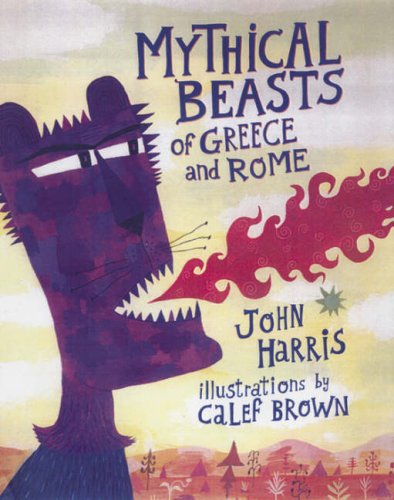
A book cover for Mythical Beasts of Greece and Rome; John Harris; Teen & Young Adult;